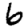
Digit: 6